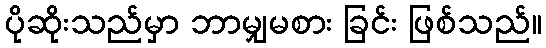
ပိုဆိုးသည်မှာ ဘာမျှမစား ခြင်း ဖြစ်သည်။